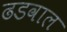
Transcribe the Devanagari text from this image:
ढडवाल